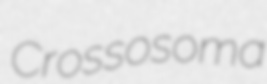
Crossosoma